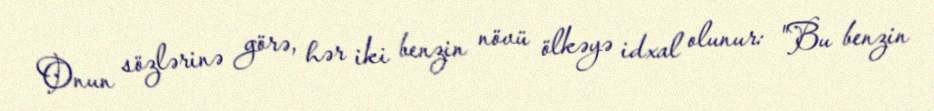
Onun sözlərinə görə, hər iki benzin növü ölkəyə idxal olunur: "Bu benzin